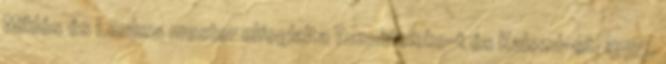
Miklós és Leukus mester elfoglalta Tuzukteleke-t és Kalozd-ot. 1355.